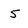
Character: 5